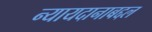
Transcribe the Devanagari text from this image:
न्यायदानाबद्दल